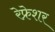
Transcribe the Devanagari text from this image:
रेफ्रेशर